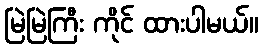
မြဲမြဲကြီး ကိုင် ထားပါမယ်။